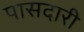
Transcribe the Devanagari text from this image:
पासदारी